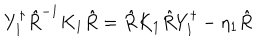
LaTeX: Y _ { 1 } ^ { \dagger } \hat { R } ^ { - 1 } K _ { 1 } \hat { R } = \hat { R } K _ { 1 } \hat { R } Y _ { 1 } ^ { \dagger } - \eta _ { 1 } \hat { R }